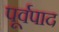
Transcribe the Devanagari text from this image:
पूर्वपाद